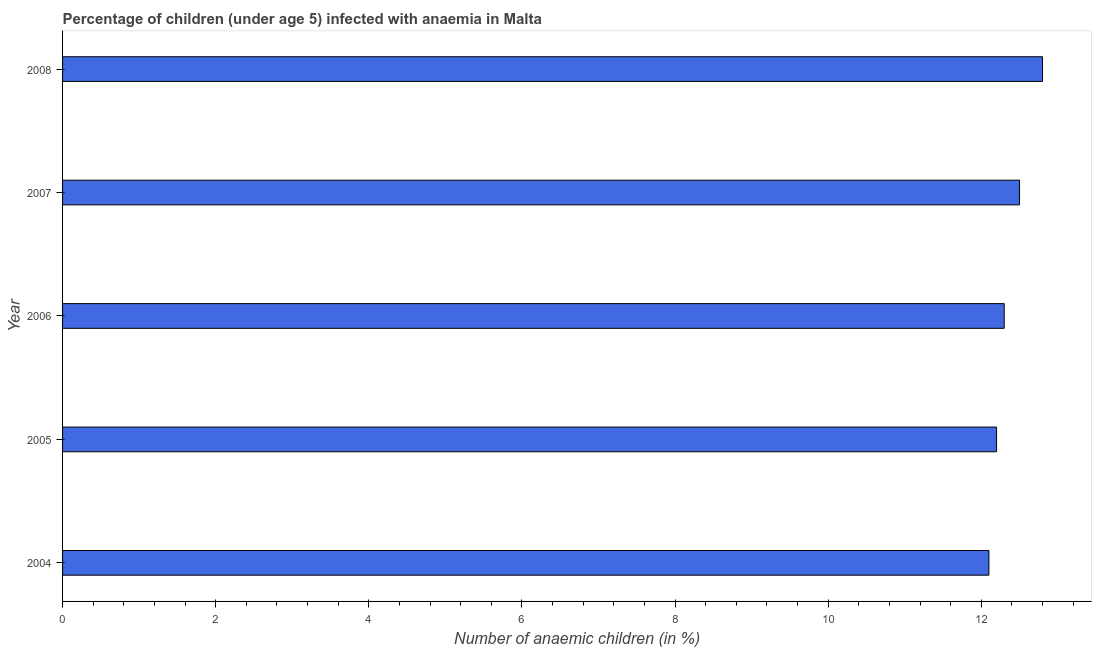
| Year | Prevalence of anemia among children |
 | --- | --- |
 | 2004 | 12.1 |
 | 2005 | 12.2 |
 | 2006 | 12.3 |
 | 2007 | 12.5 |
 | 2008 | 12.8 |